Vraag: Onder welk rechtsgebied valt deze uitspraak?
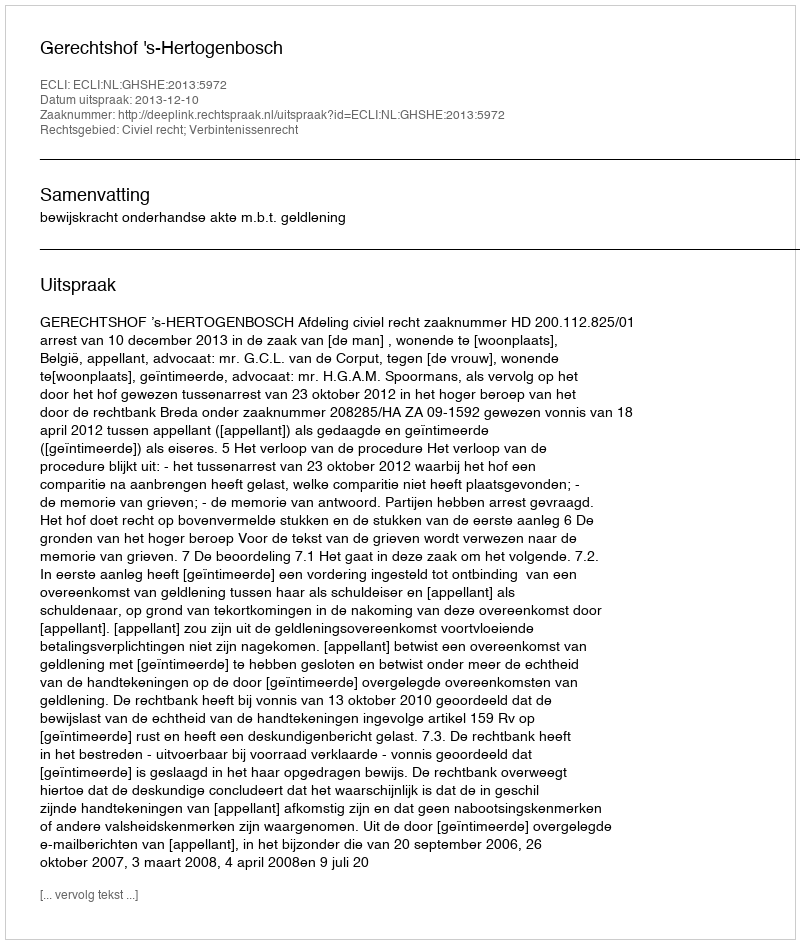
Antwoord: Civiel recht; Verbintenissenrecht